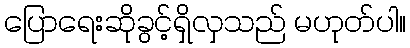
ပြောရေးဆိုခွင့်ရှိလှသည် မဟုတ်ပါ။